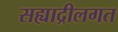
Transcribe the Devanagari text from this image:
सह्याद्रीलगत